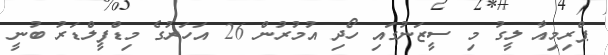
ޕްރިމިއާ ލީގު މި ސީޒަނުގައި ހޯދި އުމުރުން 26 އަހަރުގެ މިޑްފީލްޑަރު ބުނީ